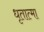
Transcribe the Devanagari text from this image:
धृतात्मा